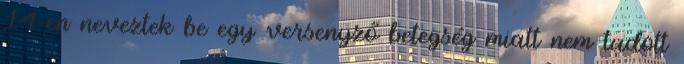
14-en neveztek be egy versenyző betegség miatt nem tudott